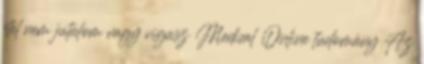
étel nem jutalom vagy vigasz Medical Online tudomány Az